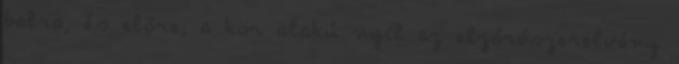
balra, és elõre; a kör alakú nyíl az elzárószerelvény